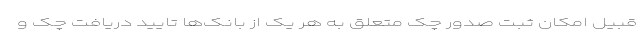
قبیل امکان ثبت صدور چک متعلق به هر یک از بانک‌ها تایید دریافت چک و